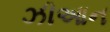
ઝીઆન